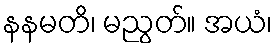
နနမတိ၊ မညွတ်။ အယံ၊